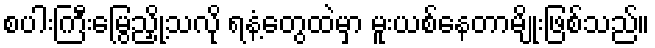
စပါးကြီးမြွေညှို့သလို ရနံ့တွေထဲမှာ မူးယစ်နေတာမျိုးဖြစ်သည်။